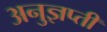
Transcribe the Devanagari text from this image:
अनुज्ञप्ती